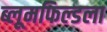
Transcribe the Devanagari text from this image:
ब्लूमफिल्डला